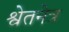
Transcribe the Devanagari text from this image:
श्वेतनेत्र